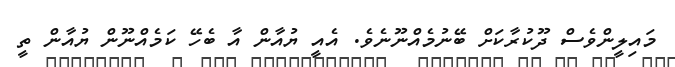
މައިލީންވެސް ދޫކުރާކަށް ބޭނުމެއްނޫނެވެ. އެއީ ޔުއާން އާ ބެހޭ ކަމެއްނޫން ޔުއާން ތީ